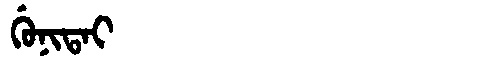
Manchu: ᡤᡠᠨᡳᡨᠠᡳ
Romanization: GUNITAI